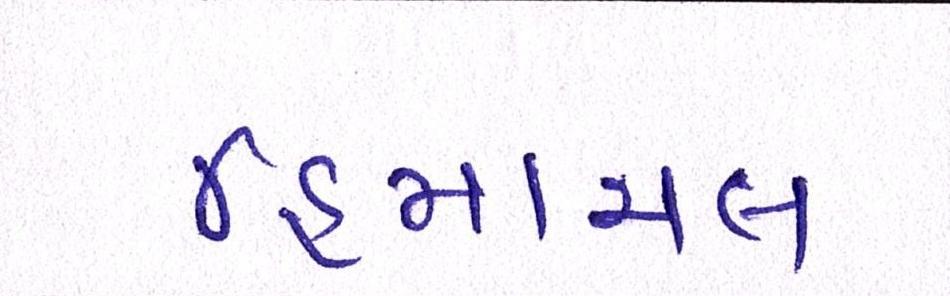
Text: હિમાચલ